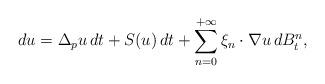
LaTeX: \begin{align*} d u = \Delta_p u \, d t + S(u) \, d t + \sum_{n=0}^{+\infty} \xi_{n} \cdot \nabla u \, d B_t^{n} ,\end{align*}